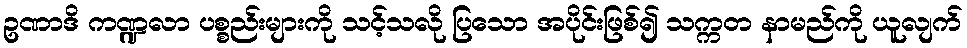
ဥဏာဒိ ကဏ္ဍလာ ပစ္စည်းများကို သင့်သလို ပြသော အပိုင်းဖြစ်၍ သက္ကတ နာမည်ကို ယူလျက်